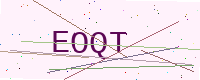
Text: EOQT